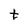
Character: t